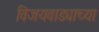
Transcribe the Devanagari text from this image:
विजयवाड्याच्या